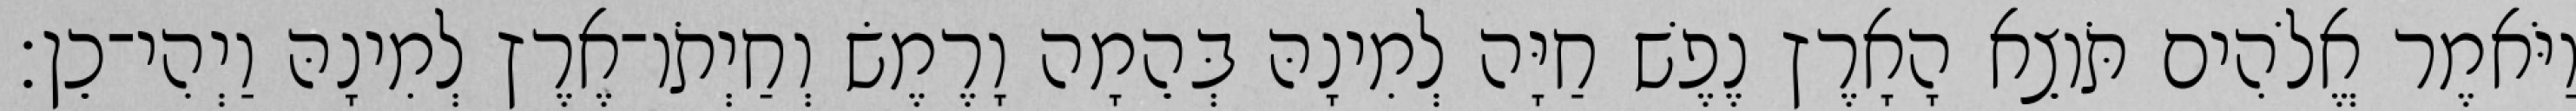
וַיֹּאמֶר אֱלֹהִים תֹּוצֵא הָאָרֶץ נֶפֶשׁ חַיָּה לְמִינָהּ בְּהֵמָה וָרֶמֶשׂ וְחַיְתֹו־אֶרֶץ לְמִינָהּ וַיְהִי־כֵן׃